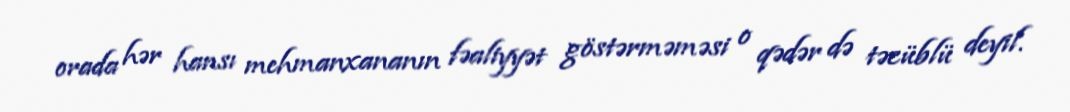
orada hər hansı mehmanxananın fəaliyyət göstərməməsi o qədər də təcüblü deyil.